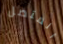
المتصل